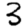
Digit: 3